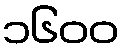
၁၆၀၀